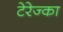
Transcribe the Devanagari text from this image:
टेरेज्का